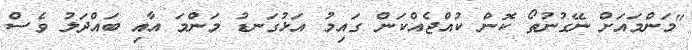
"މަންމައަށް ނޭގުނުތޯ ކޮން ކުއްޖެއްކަން ގައިމު އަޅުގަނޑު މަންމަ އާއި ބައްދަލު ވެސް